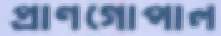
প্রাণগোপাল